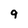
Character: 9